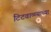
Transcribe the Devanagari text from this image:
टिटवाळ्याच्या